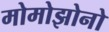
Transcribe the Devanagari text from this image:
मोमोझोनो